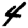
Digit: 4